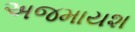
અજમાયશ